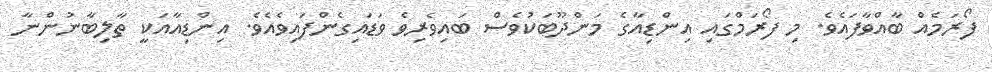
ފޯރަމެއް ބާއްވާފައެވެ. މި ފޯރަމްގައި އިންޑިއާގެ މަންދޫބަކުވެސް ބައިވެރިވެ ވަޑައިގެންފައިވެއެވެ. އިންޑިއާއަކީ ތާލިބާނުންނާ